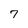
Character: 7